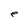
Character: e